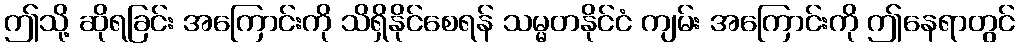
ဤသို့ ဆိုရခြင်း အကြောင်းကို သိရှိနိုင်စေရန် သမ္မတနိုင်ငံ ကျမ်း အကြောင်းကို ဤနေရာတွင်